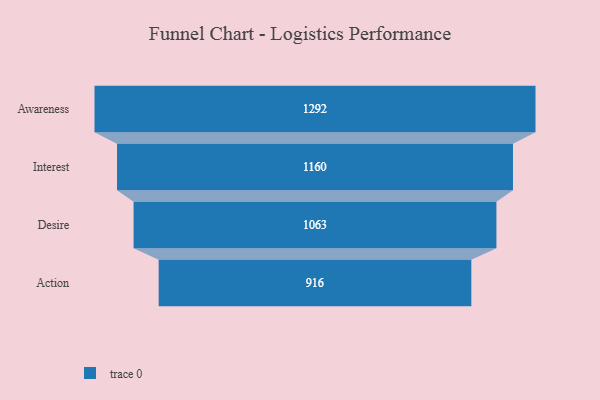
{"axis": {"x": "Stage", "y": "Value"}, "legend": [""], "data": [{"x": "Awareness", "y": 1292.0, "type": ""}, {"x": "Interest", "y": 1160.0, "type": ""}, {"x": "Desire", "y": 1063.0, "type": ""}, {"x": "Action", "y": 916.0, "type": ""}]}